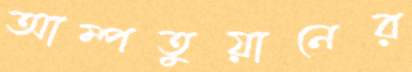
আম্পতুয়ানের